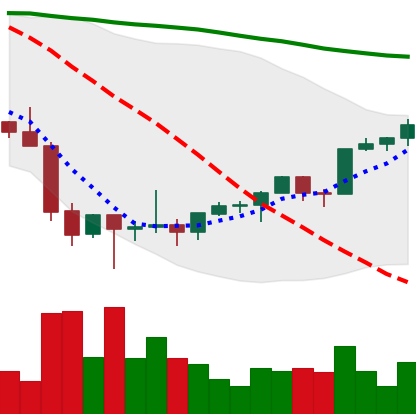
Ticker: ETH-USD
Chart end date: 2022-02-07
Forward return: -7.163%
Label: down_7plus